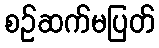
စဉ်ဆက်မပြတ်